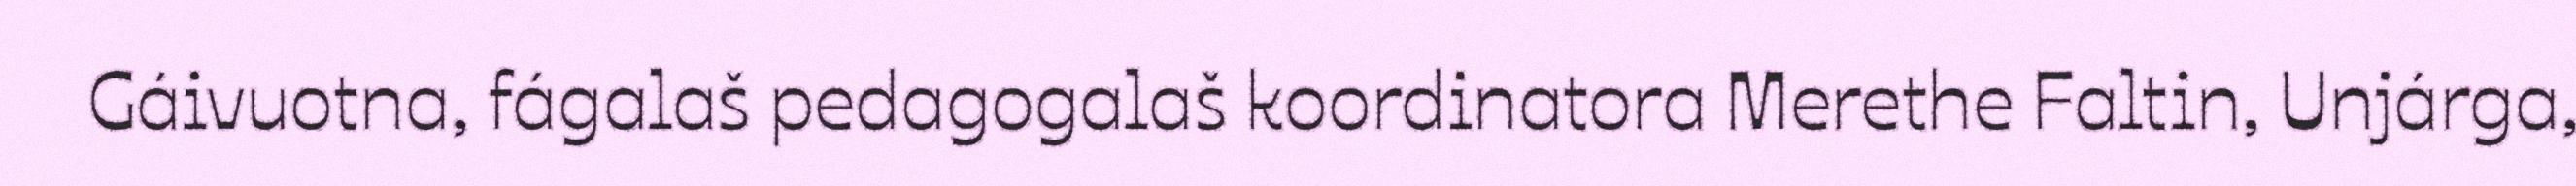
Gáivuotna, fágalaš pedagogalaš koordinatora Merethe Faltin, Unjárga,